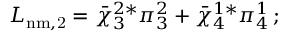
L _ { \mathrm { n m , 2 } } = { \bar { \chi } } _ { 3 } ^ { 2 * } \pi _ { 3 } ^ { 2 } + { \bar { \chi } } _ { 4 } ^ { 1 * } \pi _ { 4 } ^ { 1 } \, ;